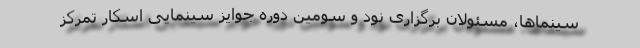
سینماها، مسئولان برگزاری نود و سومین دوره جوایز سینمایی اسکار تمرکز